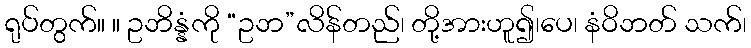
ရုပ်တွက်။ ။ ဥဘိန္နံကို “ဥဘ”လိန်တည်၊ တို့အားဟူ၍၊ပေ၊ နံဝိဘတ် သက်၊